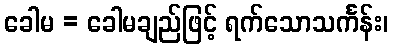
ခေါမ = ခေါမချည်ဖြင့် ရက်သောသင်္ကန်း၊